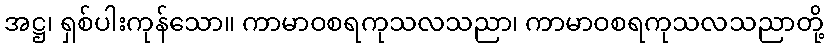
အဋ္ဌ၊ ရှစ်ပါးကုန်သော။ ကာမာဝစရကုသလသညာ၊ ကာမာဝစရကုသလသညာတို့